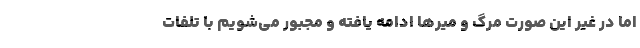
اما در غیر این صورت مرگ و میرها ادامه یافته و مجبور می‌شویم با تلفات